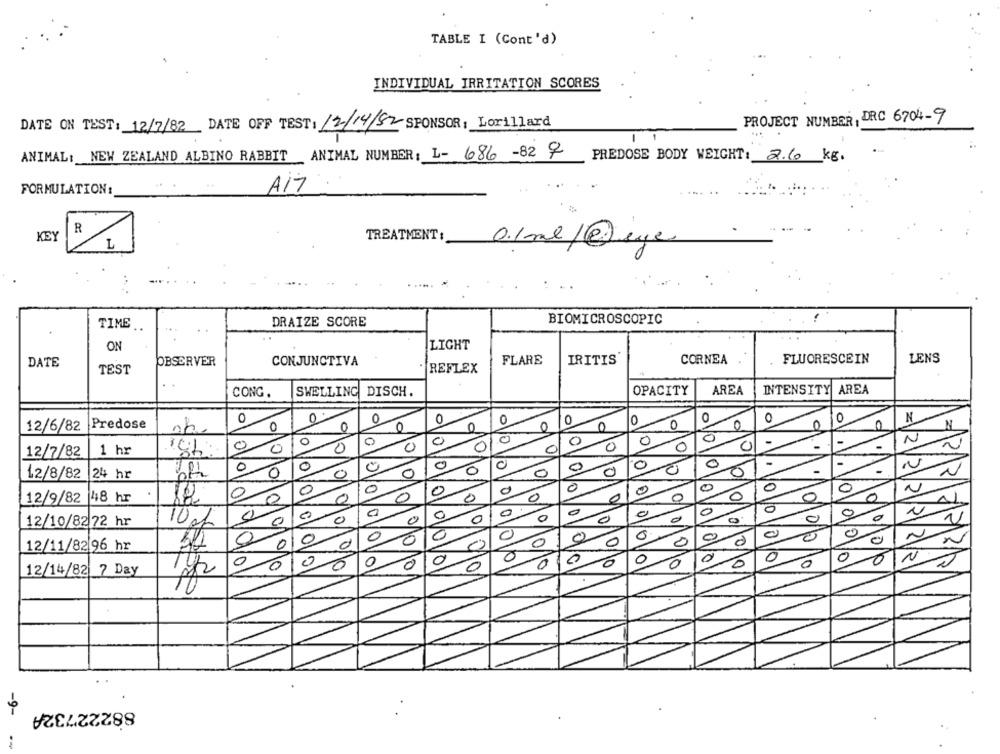
TABLE I (Cont'd)
INDIVIDUAL IRRITATION SCORES
PROJECT NUMBER, DRC 6704-9
DATE ON TEST: 12/7/82 DATE OFF TEST: 12/14/52 SPONSOR; Lorillard
1-
ANIMAL: NEW ZEALAND ALBINO RABBIT ANIMAL NUMBER: L- 686 -82 9
PREDOSE BODY WEIGHT: 2.6 kg.
AIT
FORMULATION:
R
KEY
TREATMENT:
0.1ml/@eye
TIME
DRAIZE SCORE
BIOMICROSCOPIC
ON
LIGHT
DATE
OBSERVER
CONJUNCTIVA
FLARE
IRITIS
CORNEA
FLUORESCEIN
LENS
TEST
. REFLEX
SWELLING DISCH.
OPACITY
AREA
INTENSITY AREA
CONG.
0
0
0
0
0
O
0
N
12/6/82
Predose
0
0
0
0
0
0
N
0
0
0
0
0
0
0
N
1 hr
141
0
0
0
C
12/7/82
0
0
0
0
0
-
N
12/8/82
24 hr
0
0
0
0
-
0
0
0
0
0
0
N
0
0
0
0
0
0
0
0
0
12/9/82 48 hr
12
0
0
0
0
0
0
0
0
0
0
0
0
12/10/82 72 hr
10%
0
0
0
0
34
0
0
0
0
0
0
0
UN
12/11/82 96 hr
0
0
0
0
0
N
0
10
0
0
0
0
0
0
10/10
10
0
10
0
12/14/82 7 Day
0
88222732A
-9-